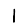
Digit: 1